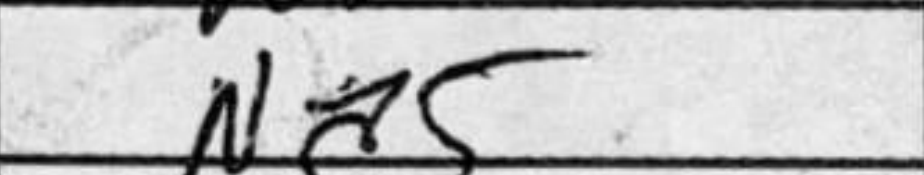
Transcription: Na5